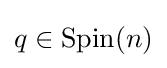
q\in \operatorname {Spin} (n)